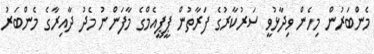
މެންބަރުން މިހެން ވިދާޅުވީ ސަރުކާރުގެ ފަރާތުން ޕީޕީއެމްގެ މާފަންނު މެދު ދާއިރާގެ މެންބަރު